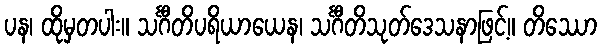
ပန၊ ထိုမှတပါး။ သင်္ဂီတိပရိယာယေန၊ သင်္ဂီတိသုတ်ဒေသနာဖြင့်။ တိဿော